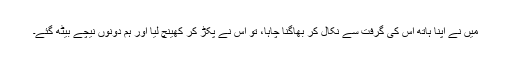
میں نے اپنا ہاتھ اس کی گرفت سے نکال کر بھاگنا چاہا، تو اس نے پکڑ کر کھینچ لیا اور ہم دونوں نیچے بیٹھ گئے۔